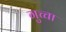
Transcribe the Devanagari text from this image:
गुच्चा